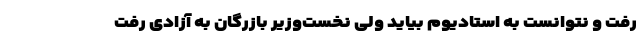
رفت و نتوانست به استادیوم بیاید ولی نخست‌وزیر بازرگان به آزادی رفت